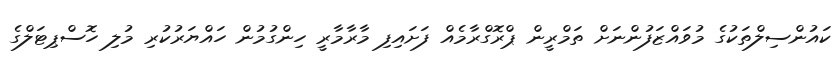
ކައުންސިލްތަކުގެ މުވައްޒަފުންނަށް ތަމްރީން ޕްރޮގްރާމެއް ފަށައިފި މާރާމާރީ ހިންގުމުން ހައްޔަރުކުރި މުލި ހޮސްޕިޓަލްގެ